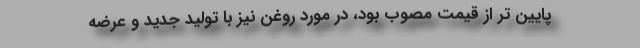
پایین تر از قیمت مصوب بود، در مورد روغن نیز با تولید جدید و عرضه